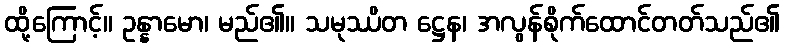
ထို့ကြောင့်။ ဥန္နာမော၊ မည်၏။ သမုဿိတ ဋ္ဌေန၊ အလွန်စိုက်ထောင်တတ်သည်၏